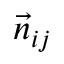
{ \vec { n } _ { i j } }